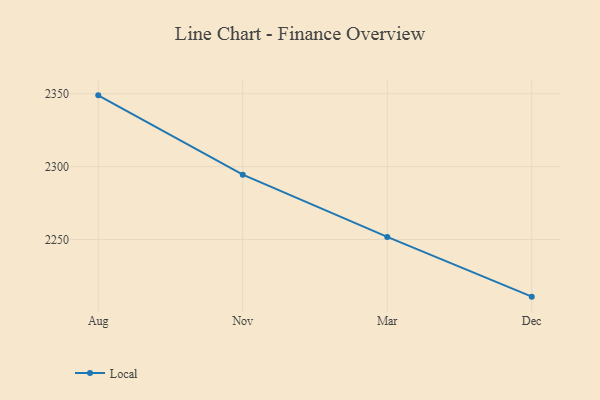
{"axis": {"x": "Month", "y": "Inventory Turnover"}, "legend": ["Local"], "data": [{"x": "Aug", "y": 2348.9, "type": "Local"}, {"x": "Nov", "y": 2294.5, "type": "Local"}, {"x": "Mar", "y": 2251.8, "type": "Local"}, {"x": "Dec", "y": 2210.8, "type": "Local"}]}